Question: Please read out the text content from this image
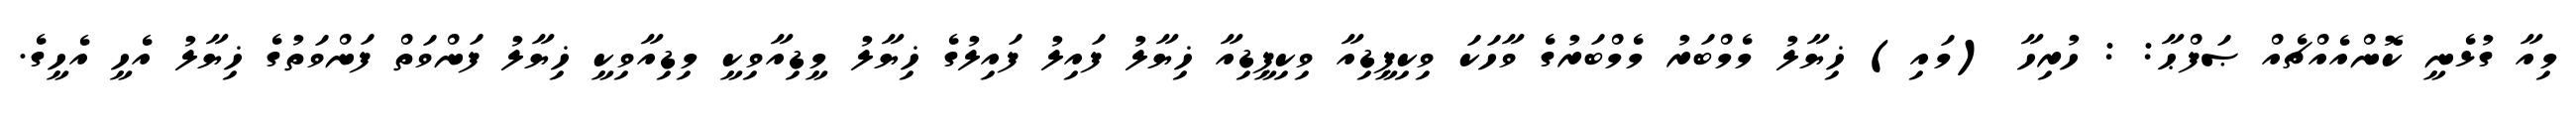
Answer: މިއާ ގުޅެނީ ކޮންއެއްޗެއް ޞަފްޙާ: : ހުރިހާ (މައި) ޚިޔާލު މެމްބަރު މެމްބަރުގެ ވާހަކަ ވިކިޕީޑިއާ ވިކިޕީޑިއާ ޚިޔާލު ފައިލު ފައިލުގެ ޚިޔާލު މީޑިއާވިކީ މިޑިއާވިކީ ޚިޔާލު ފަންވަތް ފަންވަތުގެ ޚިޔާލު އެހީ އެހީގެ.